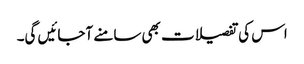
اس کی تفصیلات بھی سامنے آجائیں گی۔